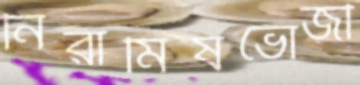
নিরামিষভোজী